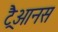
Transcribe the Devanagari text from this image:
ट्रैआनस